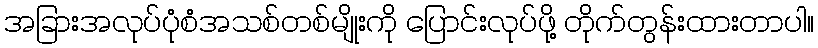
အခြားအလုပ်ပုံစံအသစ်တစ်မျိုးကို ပြောင်းလုပ်ဖို့ တိုက်တွန်းထားတာပါ။